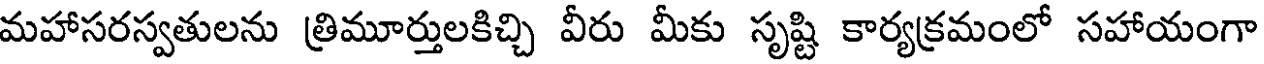
మహాసరస్వతులను త్రిమూర్తులకిచ్చి వీరు మీకు సృష్టి కార్యక్రమంలో సహాయంగా